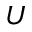
U